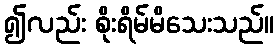
၍လည်း စိုးရိမ်မိသေးသည်။